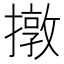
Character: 撴